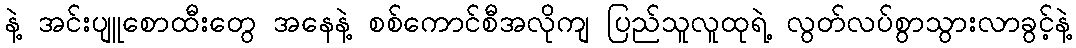
နဲ့ အင်းပျူစောထီးတွေ အနေနဲ့ စစ်ကောင်စီအလိုကျ ပြည်သူလူထုရဲ့ လွတ်လပ်စွာသွားလာခွင့်နဲ့